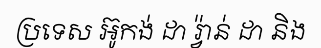
ប្រទេស អ៊ូកង់ ដា រ្វ៉ាន់ ដា និង